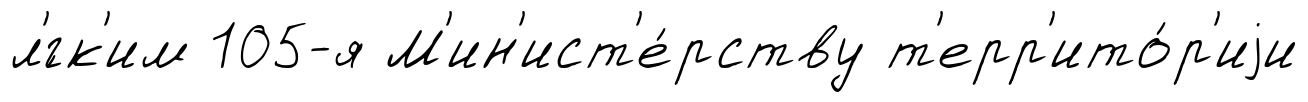
л'́гк'им 105-я М'ин'ист'е́рству т'ерр'ито́р'иjи